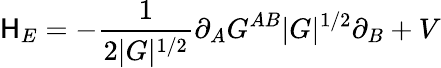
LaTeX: \mathsf{H}_{E}=-\frac{{1}}{{2|G|^{1/2}}}\partial_{A}G^{AB}|G|^{1/2}\partial_{B}+V